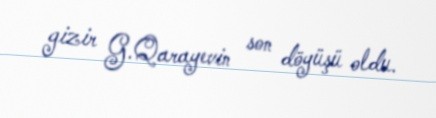
gizir G.Qarayevin son döyüşü oldu.